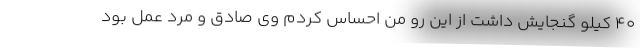
40 کیلو گنجایش داشت از این رو من احساس کردم وی صادق و مرد عمل بود